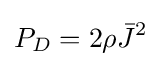
P_{D}=2\rho {\bar {J}}^{2}